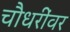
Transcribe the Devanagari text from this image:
चौधरींवर